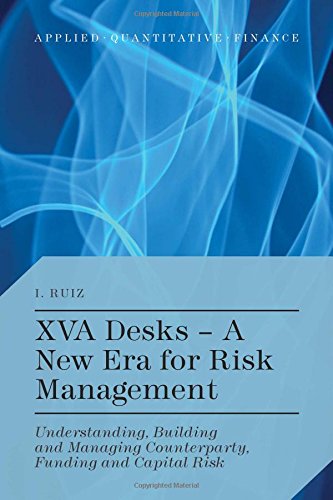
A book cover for XVA Desks - A New Era for Risk Management: Understanding, Building and Managing Counterparty, Funding and Capital Risk (Applied Quantitative Finance); Ignacio Ruiz; Business & Money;